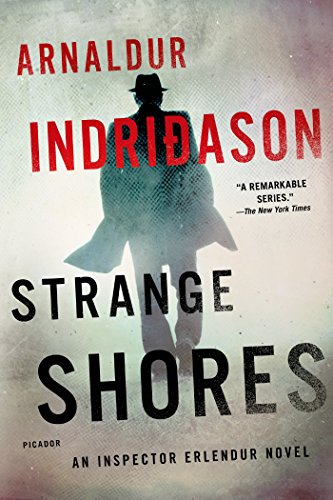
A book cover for Strange Shores: An Inspector Erlendur Novel (An Inspector Erlendur Series); Arnaldur Indridason; Mystery, Thriller & Suspense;